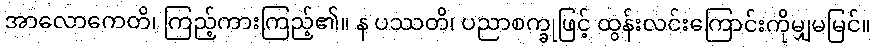
အာလောကေတိ၊ ကြည့်ကားကြည့်၏။ န ပဿတိ၊ ပညာစက္ခုဖြင့် ထွန်းလင်းကြောင်းကိုမျှမမြင်။